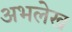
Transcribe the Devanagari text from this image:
अभलेख